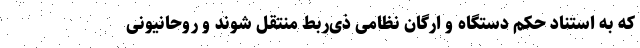
که به استناد حکم دستگاه و ارگان نظامی ذی‌ربط منتقل ‌شوند و روحانیونی